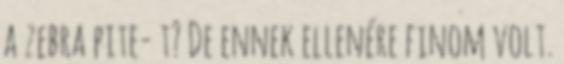
a zebra pite- t? De ennek ellenére finom volt.